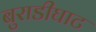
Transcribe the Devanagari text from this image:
बुराडीघाट